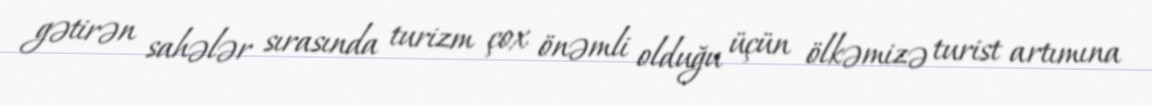
gətirən sahələr sırasında turizm çox önəmli olduğu üçün ölkəmizə turist artımına